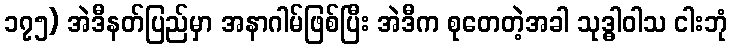
၁၇၅) အဲဒီနတ်ပြည်မှာ အနာဂါမ်ဖြစ်ပြီး အဲဒီက စုတေတဲ့အခါ သုဒ္ဓါဝါသ ငါးဘုံ